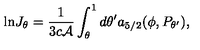
{ \ln } J _ { \theta } = { \frac { 1 } { 3 c { \cal A } } } \int _ { \theta } ^ { 1 } d \theta ^ { \prime } a _ { 5 / 2 } ( \phi , P _ { \theta ^ { \prime } } ) ,